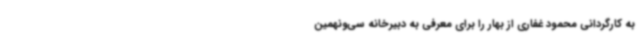
به کارگردانی محمود غفاری از بهار را برای معرفی به دبیرخانه سی‌ونهمین